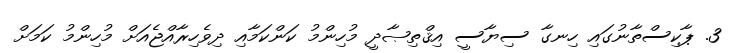
3. ޕާކިސްތާނުގައި ހިނގާ ސިޔާސީ އިޤްތިޞާދީ މުހިންމު ކަންކަމާއި ދިވެހިރާއްޖެއަށް މުހިންމު ކަމަށް